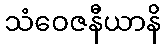
သံဝေဇနီယာနိ